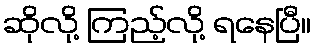
ဆိုလို့ ကြည့်လို့ ရနေပြီ။